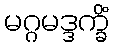
မဂ္ဂမဒ္ဒက္ခိံ